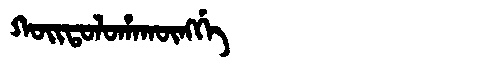
Manchu: ᡴᠣᡳᡨᠣᠯᠣᡥᠠᡴᡡᠩᡤᡝ
Romanization: KOITOLOHAKŪNGGE